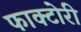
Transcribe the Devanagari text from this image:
फाक्टोरी